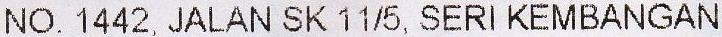
NO. 1442, JALAN SK 11/5, SERI KEMBANGAN